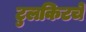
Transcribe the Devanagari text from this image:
टुलकिटचे